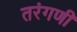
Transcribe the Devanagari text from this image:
तरंगणी